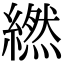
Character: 繎